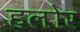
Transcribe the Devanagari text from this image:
हलोर